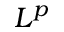
L ^ { p }